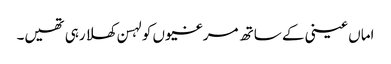
اماں عینی کے ساتھ مرغیوں کو لہسن کھلا رہی تھیں۔